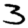
Digit: 3